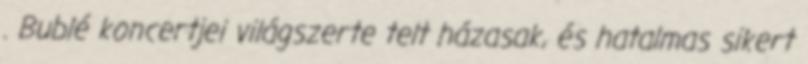
. Bublé koncertjei világszerte telt házasak, és hatalmas sikert